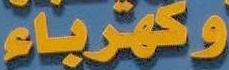
وكهرباء